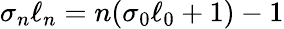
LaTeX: \sigma_{n}\ell_{n}=n(\sigma_{0}\ell_{0}+1)-1